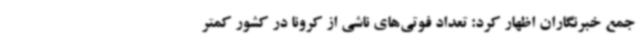
جمع خبرنگاران اظهار کرد: تعداد فوتی‌های ناشی از کرونا در کشور کمتر